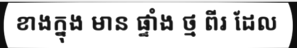
ខាងក្នុង មាន ផ្ទាំង ថ្ម ពីរ ដែល